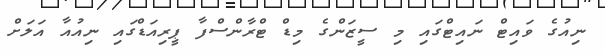
ނިއުގެ ވައިޓް ނައިޓްގައި މި ސީޒަންގެ މިޑް ޓްރާންސްފާ ޕީރިއަޑްގައި ނިއުއާ އަލަށް